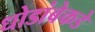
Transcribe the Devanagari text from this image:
धोडांबेकडे